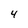
Character: 4